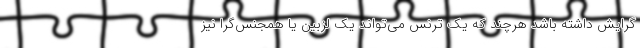
گرایش داشته باشد هرچند که یک ترنس می‌تواند یک لزبین یا همجنس‌گرا نیز